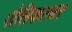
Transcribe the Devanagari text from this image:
पोलिकल्चर